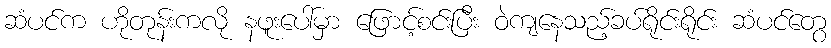
ဆံပင်က ဟိုတုန်းကလို နဖူးပေါ်မှာ ဖြောင့်စင်းပြီး ဝဲကျနေသည့်ခပ်ရိုင်းရိုင်း ဆံပင်တွေ